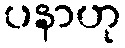
ပနာဟု